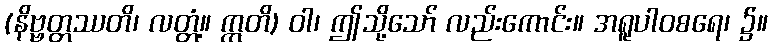
(နိဗ္ဗတ္တဿတိ၊ လတ္တံ့။ ဣတိ) ဝါ၊ ဤသို့သော် လည်းကောင်း။ အရူပါဝစရေ၊ ၌။